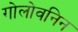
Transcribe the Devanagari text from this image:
गोलोवनिन